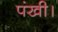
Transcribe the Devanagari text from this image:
पंखी।